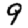
Digit: 9